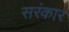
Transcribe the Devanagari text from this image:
सरंकार